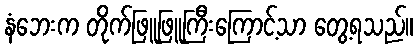
နံဘေးက တိုက်ဖြူဖြူကြီးကြောင့်သာ တွေ့ရသည်။